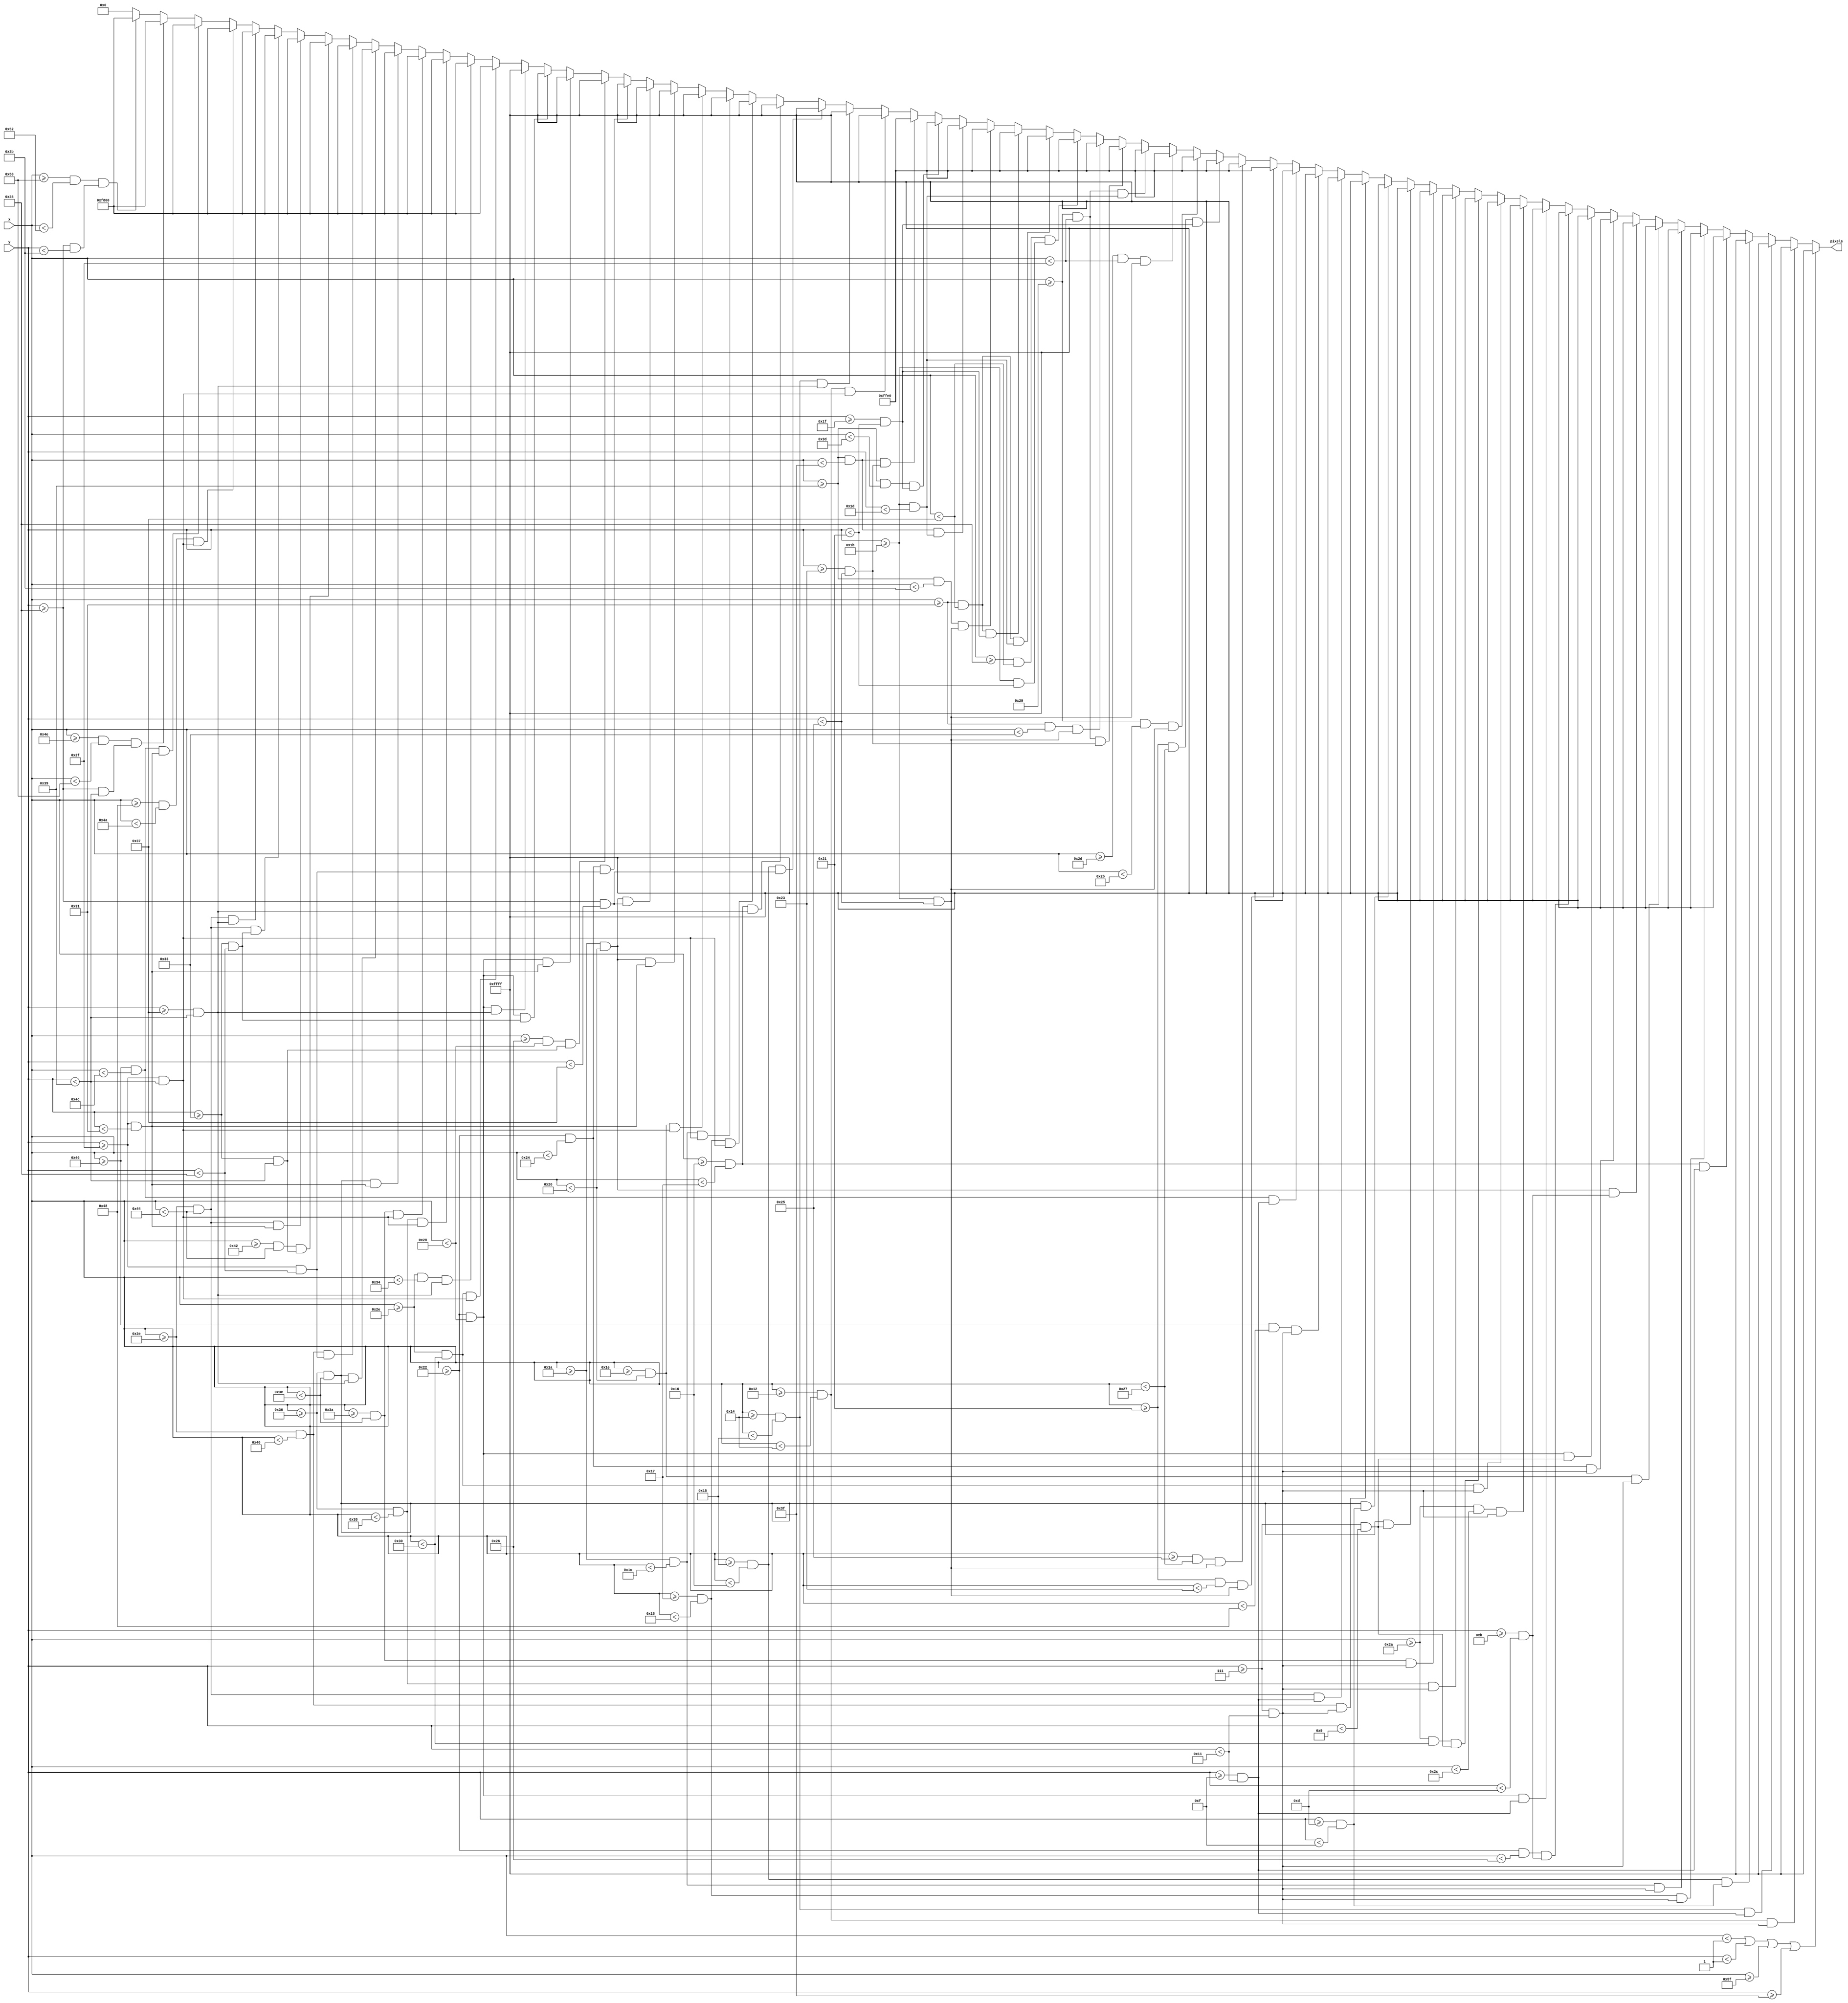
`timescale 1ns / 1ps
//////////////////////////////////////////////////////////////////////////////////
// Company: 
// Engineer: 
// 
// Design Name: 
// Module Name: intro4
// Project Name: 
// Target Devices: 
// Tool Versions: 
// Description: 
// 
// Dependencies: 
// 
// Revision:
// Revision 0.01 - File Created
// Additional Comments:
// 
//////////////////////////////////////////////////////////////////////////////////


// WHEN ALL HOPE WAS LOST,
module intro4(
    input [6:0] x,
    input [5:0] y,
    output reg [15:0] pixels
    );
    
    always @ (*) begin
             if (x < 1 || y < 1 || x >= 95 || y >= 63)                pixels = 16'hFFFF;
             
//        Intro4        
        else if ((x >= 18 && x < 18+2)   && (y >= 7 && y < 7+10))       pixels = 16'hFFFF;
        else if ((x >= 18+2 && x < 18+3) && (y >= 7+8 && y < 7+10))     pixels = 16'hFFFF;
        else if ((x >= 18+3 && x < 18+4) && (y >= 7+6 && y < 7+8))      pixels = 16'hFFFF;
        else if ((x >= 18+4 && x < 18+5) && (y >= 7+8 && y < 7+10))     pixels = 16'hFFFF;
        else if ((x >= 18+5 && x < 18+6) && (y >= 7 && y < 7+10))       pixels = 16'hFFFF;
        else if ((x >= 26 && x < 26+2)   && (y >= 7 && y < 7+10))       pixels = 16'hFFFF;
        else if ((x >= 26+4 && x < 26+6) && (y >= 7 && y < 7+10))       pixels = 16'hFFFF;
        else if ((x >= 26 && x < 26+6)   && (y >= 7+4 && y < 7+6))      pixels = 16'hFFFF;
        else if ((x >= 34 && x < 34+2)   && (y >= 7 && y < 7+10))       pixels = 16'hFFFF;
        else if ((x >= 34 && x < 34+6)   && (y >= 7 && y < 7+2))        pixels = 16'hFFFF;
        else if ((x >= 34 && x < 34+4)   && (y >= 7+4 && y < 7+6))      pixels = 16'hFFFF;
        else if ((x >= 34 && x < 34+6)   && (y >= 7+8 && y < 7+10))     pixels = 16'hFFFF;
        else if ((x >= 42 && x < 42+2)   && (y >= 7 && y < 7+10))       pixels = 16'hFFFF;
        else if ((x >= 42+4 && x < 42+6) && (y >= 7 && y < 7+10))       pixels = 16'hFFFF;
        else if ((x >= 42 && x < 42+6)   && (y >= 7 && y < 7+2))        pixels = 16'hFFFF;
        else if ((x >= 54 && x < 54+2)   && (y >= 7 && y < 7+10))       pixels = 16'hFFFF;
        else if ((x >= 54+4 && x < 54+6) && (y >= 7 && y < 7+10))       pixels = 16'hFFFF;
        else if ((x >= 54 && x < 54+6)   && (y >= 7 && y < 7+2))        pixels = 16'hFFFF;
        else if ((x >= 54 && x < 54+6)   && (y >= 7+6 && y < 7+8))      pixels = 16'hFFFF;
        else if ((x >= 62 && x < 62+2)   && (y >= 7 && y < 7+10))       pixels = 16'hFFFF;
        else if ((x >= 62 && x < 62+6)   && (y >= 7+8 && y < 7+10))     pixels = 16'hFFFF;
        else if ((x >= 70 && x < 70+2)   && (y >= 7 && y < 7+10))       pixels = 16'hFFFF;
        else if ((x >= 70 && x < 70+6)   && (y >= 7+8 && y < 7+10))     pixels = 16'hFFFF;
        else if ((x >= 33 && x < 33+2)   && (y >= 27 && y < 27+10))     pixels = 16'hFFE0;
        else if ((x >= 33+4 && x < 33+6) && (y >= 27 && y < 27+10))     pixels = 16'hFFE0;
        else if ((x >= 33 && x < 33+6)   && (y >= 27+4 && y < 27+6))    pixels = 16'hFFE0;
        else if ((x >= 41 && x < 41+2)   && (y >= 27 && y < 27+10))     pixels = 16'hFFE0;
        else if ((x >= 41+4 && x < 41+6) && (y >= 27 && y < 27+10))     pixels = 16'hFFE0;
        else if ((x >= 41 && x < 41+6)   && (y >= 27 && y < 27+2))      pixels = 16'hFFE0;
        else if ((x >= 41 && x < 41+6)   && (y >= 27+8 && y < 27+10))   pixels = 16'hFFE0;
        else if ((x >= 49 && x < 49+2)   && (y >= 27 && y < 27+10))     pixels = 16'hFFE0;
        else if ((x >= 49+4 && x < 49+6) && (y >= 27 && y < 27+6))      pixels = 16'hFFE0;
        else if ((x >= 49 && x < 49+6)   && (y >= 27 && y < 27+2))      pixels = 16'hFFE0;
        else if ((x >= 49 && x < 49+6)   && (y >= 27+4 && y < 27+6))    pixels = 16'hFFE0;
        else if ((x >= 57 && x < 57+2)   && (y >= 27 && y < 27+10))     pixels = 16'hFFE0;
        else if ((x >= 57 && x < 57+6)   && (y >= 27 && y < 27+2))      pixels = 16'hFFE0;
        else if ((x >= 57 && x < 57+4)   && (y >= 27+4 && y < 27+6))    pixels = 16'hFFE0;
        else if ((x >= 57 && x < 57+6)   && (y >= 27+8 && y < 27+10))   pixels = 16'hFFE0;
        else if ((x >= 18 && x < 18+2)   && (y >= 47 && y < 47+10))     pixels = 16'hFFFF;
        else if ((x >= 18+2 && x < 18+3) && (y >= 47+8 && y < 47+10))   pixels = 16'hFFFF;
        else if ((x >= 18+3 && x < 18+4) && (y >= 47+6 && y < 47+8))    pixels = 16'hFFFF;
        else if ((x >= 18+4 && x < 18+5) && (y >= 47+8 && y < 47+10))   pixels = 16'hFFFF;
        else if ((x >= 18+5 && x < 18+6) && (y >= 47 && y < 47+10))     pixels = 16'hFFFF;
        else if ((x >= 26 && x < 26+2)   && (y >= 47 && y < 47+10))     pixels = 16'hFFFF;
        else if ((x >= 26+4 && x < 26+6) && (y >= 47 && y < 47+10))     pixels = 16'hFFFF;
        else if ((x >= 26 && x < 26+6)   && (y >= 47 && y < 47+2))      pixels = 16'hFFFF;
        else if ((x >= 26 && x < 26+6)   && (y >= 47+6 && y < 47+8))    pixels = 16'hFFFF;
        else if ((x >= 34 && x < 34+2)   && (y >= 47 && y < 47+6))      pixels = 16'hFFFF;
        else if ((x >= 34+4 && x < 34+6) && (y >= 47+4 && y < 47+10))   pixels = 16'hFFFF;
        else if ((x >= 34 && x < 34+6)   && (y >= 47 && y < 47+2))      pixels = 16'hFFFF;
        else if ((x >= 34 && x < 34+6)   && (y >= 47+4 && y < 47+6))    pixels = 16'hFFFF;
        else if ((x >= 34 && x < 34+6)   && (y >= 47+8 && y < 47+10))   pixels = 16'hFFFF;
        else if ((x >= 46 && x < 46+2)   && (y >= 47 && y < 47+10))     pixels = 16'hF800;
        else if ((x >= 46 && x < 46+6)   && (y >= 47+8 && y < 47+10))   pixels = 16'hF800;
        else if ((x >= 54 && x < 54+2)   && (y >= 47 && y < 47+10))     pixels = 16'hF800;
        else if ((x >= 54+4 && x < 54+6) && (y >= 47 && y < 47+10))     pixels = 16'hF800;
        else if ((x >= 54 && x < 54+6)   && (y >= 47 && y < 47+2))      pixels = 16'hF800;
        else if ((x >= 54 && x < 54+6)   && (y >= 47+8 && y < 47+10))   pixels = 16'hF800;
        else if ((x >= 62 && x < 62+2)   && (y >= 47 && y < 47+6))      pixels = 16'hF800;
        else if ((x >= 62+4 && x < 62+6) && (y >= 47+4 && y < 47+10))   pixels = 16'hF800;
        else if ((x >= 62 && x < 62+6)   && (y >= 47 && y < 47+2))      pixels = 16'hF800;
        else if ((x >= 62 && x < 62+6)   && (y >= 47+4 && y < 47+6))    pixels = 16'hF800;
        else if ((x >= 62 && x < 62+6)   && (y >= 47+8 && y < 47+10))   pixels = 16'hF800;
        else if ((x >= 70+2 && x < 70+4) && (y >= 47 && y < 47+10))     pixels = 16'hF800;
        else if ((x >= 70 && x < 70+6)   && (y >= 47 && y < 47+2))      pixels = 16'hF800;
        else if ((x >= 78   && x < 78+2) && (y >= 53   && y < 53+4))    pixels = 16'hF800;
        else if ((x >= 78+2 && x < 78+4) && (y >= 53 && y < 53+6))      pixels = 16'hF800;
        else pixels = 16'h0000;
    end
    
endmodule